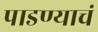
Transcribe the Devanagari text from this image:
पाडण्याचं